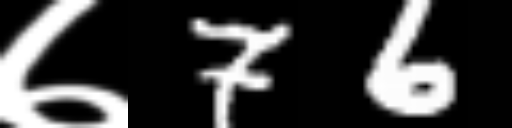
Text: ७76